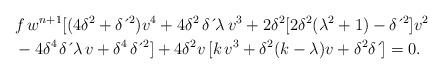
LaTeX: \begin{align*}& f\,w^{n+1}[(4\delta^{2}+\delta \,\acute{}\,^{2})v^{4}+4\delta^{2}\, \delta \,\acute{}\, \lambda \,v^{3}+2\delta^{2}[2\delta^{2}(\lambda^{2}+1)-\delta \,\acute{}\,^{2}]v^{2} \\& -4\delta^{4\,}\delta \,\acute{}\, \lambda \,v+\delta^{4\,}\delta \,\acute{}\,^{2}]+4\delta^{2}v\,[k\,v^{3}+\delta^{2}(k-\lambda)v+\delta^{2}\delta \,\acute{}\,]=0.\end{align*}